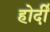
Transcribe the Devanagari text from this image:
होर्दी